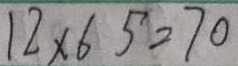
1 2 \times 6 5 = 7 0